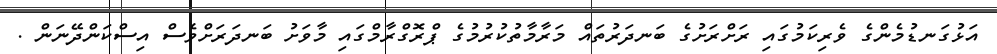
އަޅުގަނޑުމެންގެ ވެރިކަމުގައި ރަށްރަށުގެ ބަނދަރުތައް މަރާމާތުކުރުމުގެ ޕްރޮގްރާމްގައި މާވަށު ބަނދަރަށްވެސް އިސްކަންދޭނަން .